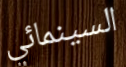
السينمائي